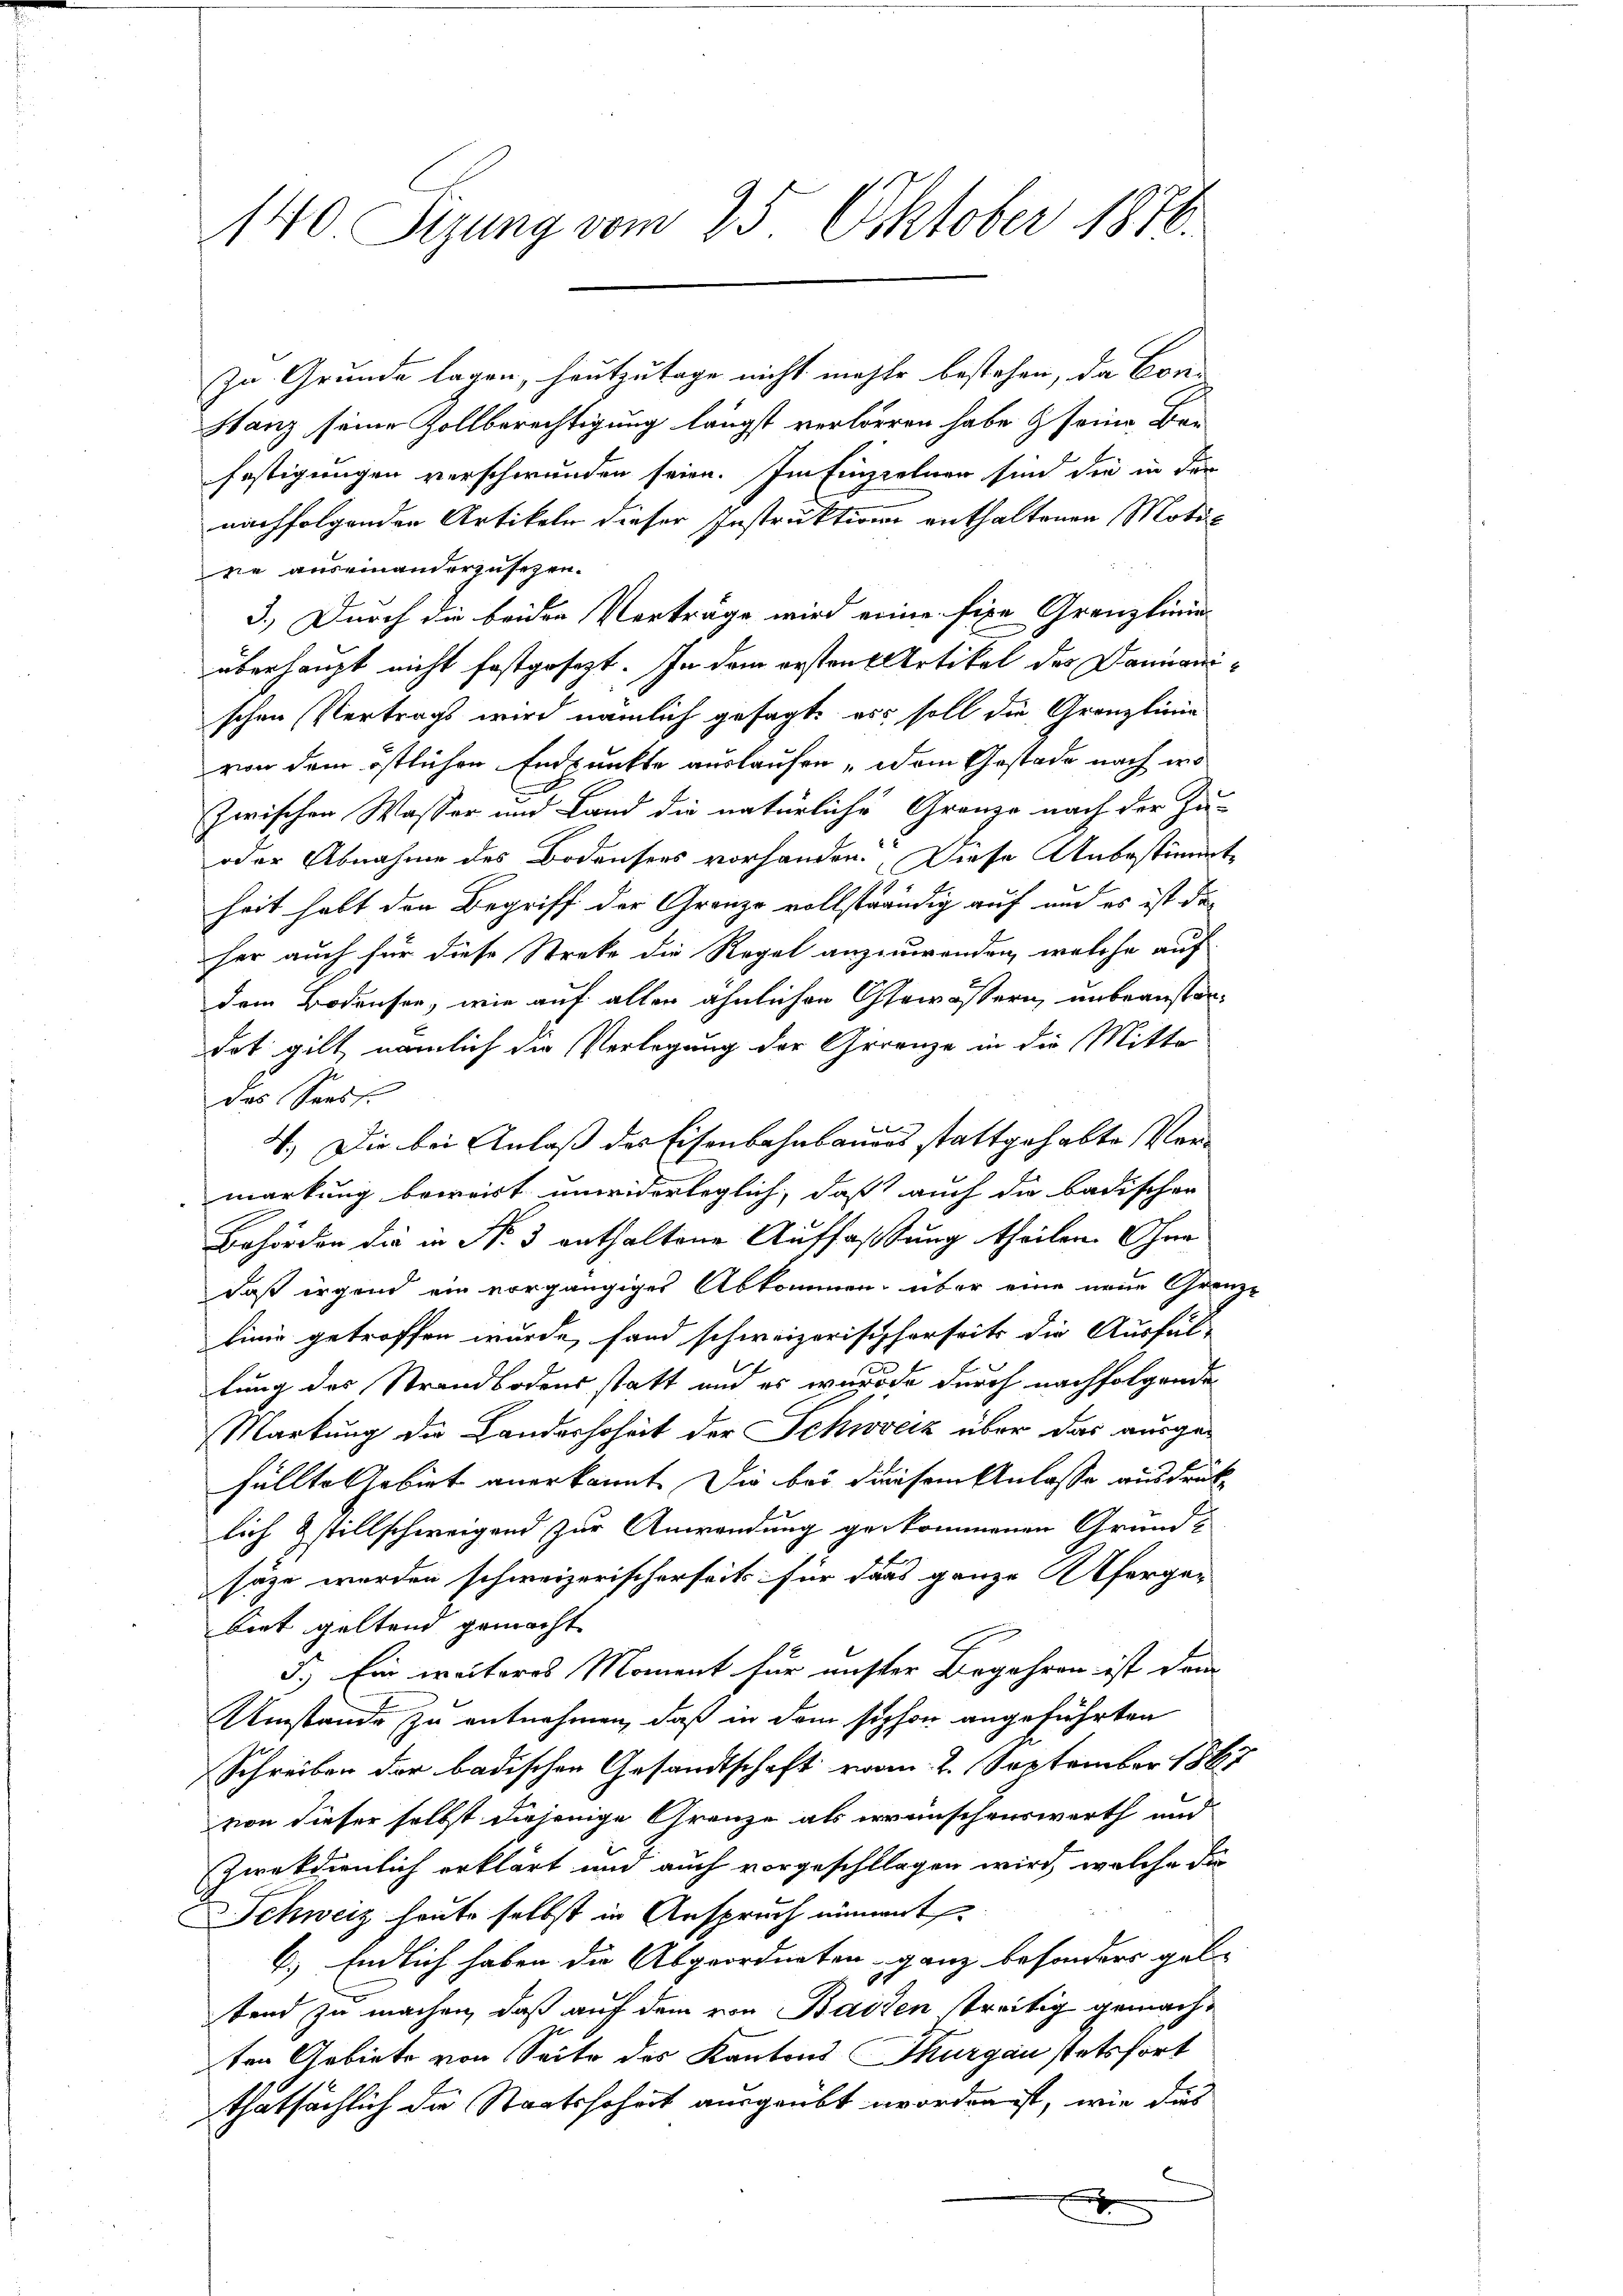
140 Sizung vom 25. Oktober 1876.

zu Grunde lagen, heutzutage nicht mehr bestehen, da Constanz seine Zollberechtigung längst verloren habe & seine Bei
festigungen verschwunden seien. Im Einzielung sind die in den
nachfolgenden Artikeln dieser Instruktion enthaltenen Motisie auseinanderzusezen.
3.) Durch die beiden Verträge wird einer fixe Grenzlinie
überhaupt nicht festgesezt. In dem ersten Artikel des Damianischen Vertrags wird nämlich gesagt, als soll die Grenzlinie
von dem östlichen Endpunkte auslaufen, dem Gestade nach wo
zwischen Wasser und Land die natürliche Grenze nach der Zu-
oder Abnahme des Bodensers vorhanden. Diese Anbestimmte
heit habt den Begriff der Granze vollständig auf und es ist daher auch für diese Streke die Regel anzuwenden, welche auf
dem Bodensee, wie auf allen ähnlichen Otowöstern, unbeanstandot gilt nämlich die Verlegung der Grenze in die Mitte
des Sons
4.) Die bei Anlaß des Eisenbahnbauers stattgehabte Vermarkung bewert unwiderleglich, daß auch die badischen
Behörden die in Nr. 3 enthaltene Auffassung theilen. Ohne
daß irgend ein vorgängiges Abkommen, über eine neue Grenz-
linie getroffen wurde, fand schweizerischherseits die Ausfüllung des Strandbodens statt und es wurde durch nachfolgende
Markung die Landeshoheit der Schweiz über das ausge-
füllte Gebiet anerkannt. Die bei diesem Anlasse ausdrück
lich Gstillschweigend zur Anwendung gekommenen Grund-
sätze werden schweizerischerseits für dass ganze Uferger-
biet geltend gemacht
5.) Ein weiteres Moment für unster Begehren ist demn
Umstände zu entnehmen, daß in dem siphon angeführten
Schreiben der badischen Gesandtschaft vom 2. September 1867
von dieser selbst diejenige Grenze als wünschenswerth und
ziekdienlich erklärt und auch vorgeschllagen wird, welche die
Schweiz heute selbst in Anspruch niment
6.) Endlich haben die Abgeordneten ganz besonders gele
tend zu machen, daß auf dem von Basten treitig gemachten Gebiete von Seite des Kantons Thurgau stetsfort
thatsächlich die Staatssoheit ausgeübt worden ist, wie dies

x